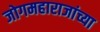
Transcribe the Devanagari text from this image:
जोगमहाराजांच्या